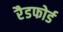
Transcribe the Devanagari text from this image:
रैडफोर्ड